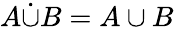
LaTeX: A{\dot{\cup}}B=A\cup B